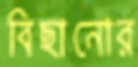
বিছানোর